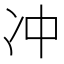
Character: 冲